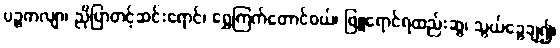
ပဉ္စကလျာ၊ ညိုပြာတင့်ဆင်းရောင်၊ ရွှေကြက်တောင်ဝယ်၊ ဖြူရောင်ရထည်းဆွ၊ သွယ်ခွေချ၍၊